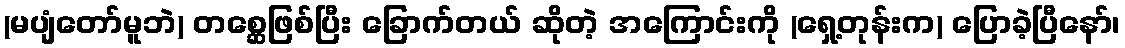
(မပျံတော်မူဘဲ) တစ္ဆေဖြစ်ပြီး ခြောက်တယ် ဆိုတဲ့ အကြောင်းကို (ရှေ့တုန်းက) ပြောခဲ့ပြီနော်၊